Civil Veterinary Department Bihar & Orissa reports 1911-21 - 1911-1921
Year: 1911
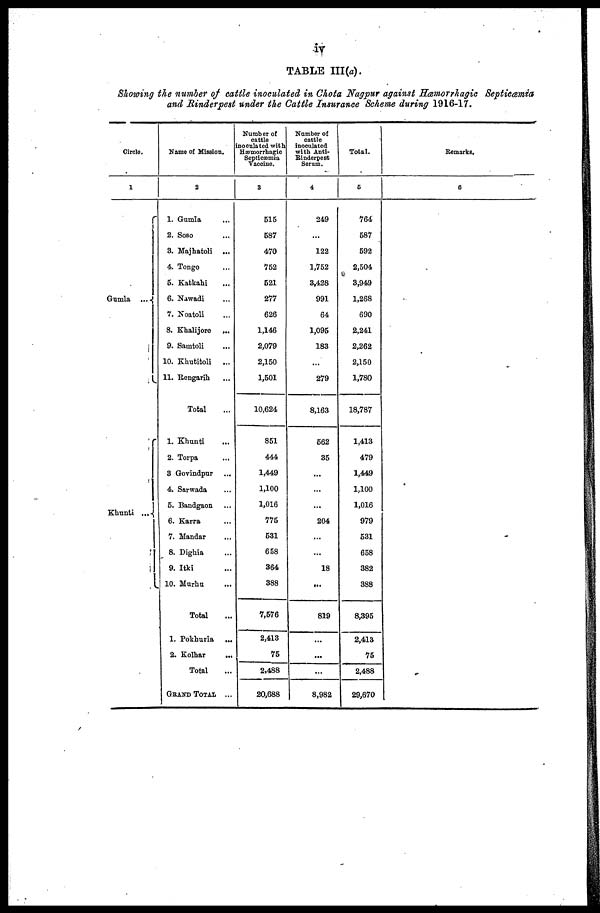
iv
TABLE III (a).
Showing the number of cattle inoculated in Chota Nagpur against Hæmorrhagic Septicæmia
and Rinderpest under the Cattle Insurance Scheme during 1916-17.
Circle.
1
Gumla ...
Khunti ....
Name of Mission.
2
1. Gumla ...
2. Soso ...
3. Majhatoli ...
4. Tongo ...
5. Katkahi ...
6. Nawadi ...
7. Noatoli ...
8. Khalijore ...
9. Samtoli ...
10. Khutitoli
...
11. Rengarih ...
Total ...
1. Khunti ...
2. Torpa ...
3 Govindpur ...
4. Sarwada ...
5. Bandgaon ...
6. Karra ...
7. Mandar ...
8. Dighia ...
9. Itki ...
10. Murhu ...
Total
1. Pokhuria ...
2. Kolhar ...
Total
GRAND TOTAL ...
Number of
cattle
inoculated with
Hæmorrhagic
Septicæmia
Vaccine.
3
516
687
470
752
621
277
626
1,146
2,079
2,150
1,501
10,624
851
444
1,449
1,100
1,016
775
631
658
364
388
7,676
2,413
75
2,488
20,688
Number of
cattle
inoculated
with Anti-
Rinderpest
Serum.
4
249
...
122
1,752
3,428
991
64
1,095
183
...
279
8,163
662
35
...
...
204
...
...
18
...
819
...
...
...
8,982
Total.
5
764
587
692
2,504
3,949
1,268
690
2,241
2,262
2,150
1,780
18,787
1,413
479
1,449
1,100
1,016
979
631
658
382
388
8,395
2,413
75
2,488
29,670
Remarks.
6